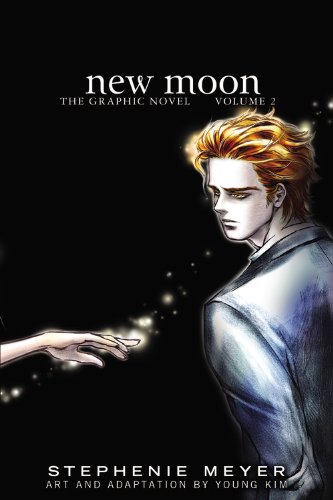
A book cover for New Moon: The Graphic Novel, Vol. 2 (The Twilight Saga); Stephenie Meyer; Comics & Graphic Novels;